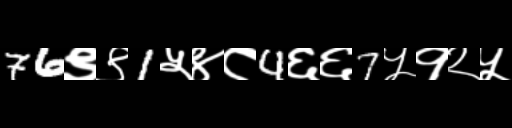
Text: 76९९1५४८4६६7५१२५